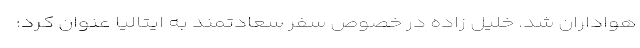
هواداران شد. خلیل زاده در خصوص سفر سعادتمند به ایتالیا عنوان کرد: